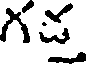
గచ